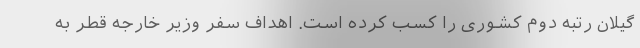
گیلان رتبه دوم کشوری را کسب کرده است. اهداف سفر وزیر خارجه قطر به